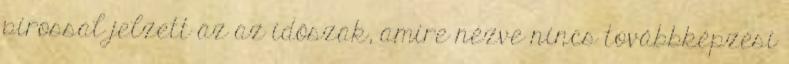
pirossal jelzett az az időszak, amire nézve nincs továbbképzési